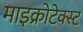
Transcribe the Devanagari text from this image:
माइक्रोटेक्स्ट